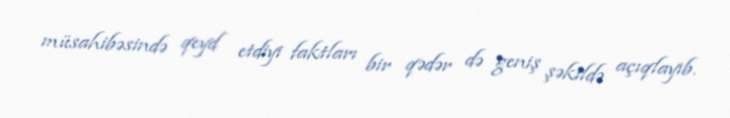
müsahibəsində qeyd etdiyi faktları bir qədər də geniş şəkildə açıqlayıb.